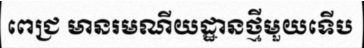
ពេជ្រ មានរមណីយដ្ឋានថ្មីមួយទើប